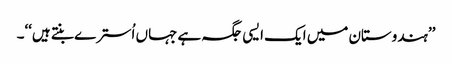
’’ہندوستان میں ایک ایسی جگہ ہے جہاں اُسترے بنتے ہیں‘‘۔